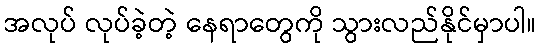
အလုပ် လုပ်ခဲ့တဲ့ နေရာတွေကို သွားလည်နိုင်မှာပါ။